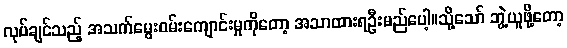
လုပ်ချင်သည့် အသက်မွေးဝမ်းကျောင်းမှုကိုတော့ အသာထားရဦးမည်ပေါ့။သို့သော် ဘွဲ့ယူဖို့တော့